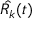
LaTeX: { \hat { R _ { k } } } ( t )